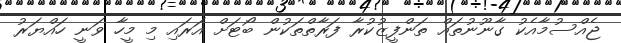
ޖެއްސުމާއެކު ގާނޫނުތައް ތަންފީޒުކުރާ ފަރާތްތަކުން ބޯޓަށް އަރައި މި މީހާ ވަނީ ހައްޔަރު